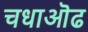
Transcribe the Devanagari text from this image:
चधाऒढ